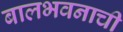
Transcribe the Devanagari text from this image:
बालभवनाची